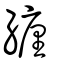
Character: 緾